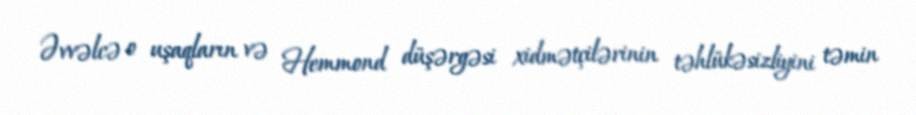
Əvvəlcə o uşaqların və Hemmond düşərgəsi xidmətçilərinin təhlükəsizliyini təmin